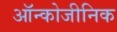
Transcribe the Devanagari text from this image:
ऑन्कोजीनिक